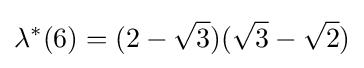
\lambda ^{*}(6)=(2-{\sqrt {3}})({\sqrt {3}}-{\sqrt {2}})